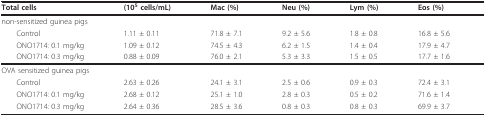
| Total cells | (105 cells/mL) | Mac (%) | Neu (%) | Lym (%) | Eos (%) |
 | --- | --- | --- | --- | --- | --- |
 | <COLSPAN=6> non-sensitized guinea pigs |
 | Control | 1.11 ± 0.11 | 71.8 ± 7.1 | 9.2 ± 5.6 | 1.8 ± 0.8 | 16.8 ± 5.6 |
 | ONO1714: 0.1 mg/kg | 1.09 ± 0.12 | 74.5 ± 4.3 | 6.2 ± 1.5 | 1.4 ± 0.4 | 17.9 ± 4.7 |
 | ONO1714: 0.3 mg/kg | 0.88 ± 0.09 | 76.0 ± 2.1 | 5.3 ± 3.3 | 1.5 ± 0.5 | 17.7 ± 1.6 |
 | <COLSPAN=6> OVA sensitized guinea pigs |
 | Control | 2.63 ± 0.26 | 24.1 ± 3.1 | 2.5 ± 0.6 | 0.9 ± 0.3 | 72.4 ± 3.1 |
 | ONO1714: 0.1 mg/kg | 2.68 ± 0.12 | 25.1 ± 1.0 | 2.8 ± 0.3 | 0.5 ± 0.2 | 71.6 ± 1.4 |
 | ONO1714: 0.3 mg/kg | 2.64 ± 0.36 | 28.5 ± 3.6 | 0.8 ± 0.3 | 0.8 ± 0.3 | 69.9 ± 3.7 |